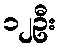
၁၂ဦး